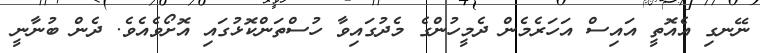
ނޭނގި އެއޮތީ އައިސް އަހަރެމެން ދެމީހުންގެ މެދުގައިވާ ހުސްތަންކޮޅުގައި އޮށޯވެއެވެ. ދެން ބުނާނީ